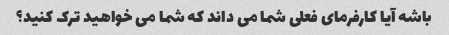
باشه آیا کارفرمای فعلی شما می داند که شما می خواهید ترک کنید؟